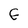
Character: E